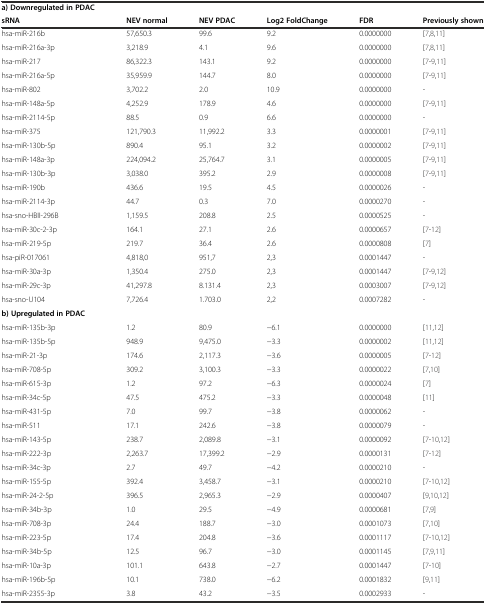
<table><thead><tr><td><b>a) Downregulated in PDAC</b></td><td></td><td></td><td></td><td></td><td></td></tr><tr><td><b>sRNA</b></td><td><b>NEV normal</b></td><td><b>NEV PDAC</b></td><td><b>Log2 FoldChange</b></td><td><b>FDR</b></td><td><b>Previously shown</b></td></tr></thead><tbody><tr><td>hsa-miR-216b</td><td>57,650.3</td><td>99.6</td><td>9.2</td><td>0.0000000</td><td>[7,8,11]</td></tr><tr><td>hsa-miR-216a-3p</td><td>3,218.9</td><td>4.1</td><td>9.6</td><td>0.0000000</td><td>[7,8,11]</td></tr><tr><td>hsa-miR-217</td><td>86,322.3</td><td>143.1</td><td>9.2</td><td>0.0000000</td><td>[7-9,11]</td></tr><tr><td>hsa-miR-216a-5p</td><td>35,959.9</td><td>144.7</td><td>8.0</td><td>0.0000000</td><td>[7-9,11]</td></tr><tr><td>hsa-miR-802</td><td>3,702.2</td><td>2.0</td><td>10.9</td><td>0.0000000</td><td>-</td></tr><tr><td>hsa-miR-148a-5p</td><td>4,252.9</td><td>178.9</td><td>4.6</td><td>0.0000000</td><td>[7-9,11]</td></tr><tr><td>hsa-miR-2114-5p</td><td>88.5</td><td>0.9</td><td>6.6</td><td>0.0000000</td><td>-</td></tr><tr><td>hsa-miR-375</td><td>121,790.3</td><td>11,992.2</td><td>3.3</td><td>0.0000001</td><td>[7-9,11]</td></tr><tr><td>hsa-miR-130b-5p</td><td>890.4</td><td>95.1</td><td>3.2</td><td>0.0000002</td><td>[7-9,11]</td></tr><tr><td>hsa-miR-148a-3p</td><td>224,094.2</td><td>25,764.7</td><td>3.1</td><td>0.0000005</td><td>[7-9,11]</td></tr><tr><td>hsa-miR-130b-3p</td><td>3,038.0</td><td>395.2</td><td>2.9</td><td>0.0000008</td><td>[7-9,11]</td></tr><tr><td>hsa-miR-190b</td><td>436.6</td><td>19.5</td><td>4.5</td><td>0.0000026</td><td>-</td></tr><tr><td>hsa-miR-2114-3p</td><td>44.7</td><td>0.3</td><td>7.0</td><td>0.0000270</td><td>-</td></tr><tr><td>hsa-sno-HBII-296B</td><td>1,159.5</td><td>208.8</td><td>2.5</td><td>0.0000525</td><td>-</td></tr><tr><td>hsa-miR-30c-2-3p</td><td>164.1</td><td>27.1</td><td>2.6</td><td>0.0000657</td><td>[7-12]</td></tr><tr><td>hsa-miR-219-5p</td><td>219.7</td><td>36.4</td><td>2.6</td><td>0.0000808</td><td>[7]</td></tr><tr><td>hsa-piR-017061</td><td>4,818,0</td><td>951,7</td><td>2,3</td><td>0.0001447</td><td>-</td></tr><tr><td>hsa-miR-30a-3p</td><td>1,350.4</td><td>275.0</td><td>2,3</td><td>0.0001447</td><td>[7-9,12]</td></tr><tr><td>hsa-miR-29c-3p</td><td>41,297.8</td><td>8.131.4</td><td>2,3</td><td>0.0003007</td><td>[7-9,12]</td></tr><tr><td>hsa-sno-U104</td><td>7,726.4</td><td>1.703.0</td><td>2,2</td><td>0.0007282</td><td>-</td></tr><tr><td><b>b) Upregulated in PDAC</b></td><td></td><td></td><td></td><td></td><td></td></tr><tr><td>hsa-miR-135b-3p</td><td>1.2</td><td>80.9</td><td>−6.1</td><td>0.0000000</td><td>[11,12]</td></tr><tr><td>hsa-miR-135b-5p</td><td>948.9</td><td>9,475.0</td><td>−3.3</td><td>0.0000002</td><td>[11,12]</td></tr><tr><td>hsa-miR-21-3p</td><td>174.6</td><td>2,117.3</td><td>−3.6</td><td>0.0000005</td><td>[7-12]</td></tr><tr><td>hsa-miR-708-5p</td><td>309.2</td><td>3,100.3</td><td>−3.3</td><td>0.0000022</td><td>[7,10]</td></tr><tr><td>hsa-miR-615-3p</td><td>1.2</td><td>97.2</td><td>−6.3</td><td>0.0000024</td><td>[7]</td></tr><tr><td>hsa-miR-34c-5p</td><td>47.5</td><td>475.2</td><td>−3.3</td><td>0.0000048</td><td>[11]</td></tr><tr><td>hsa-miR-431-5p</td><td>7.0</td><td>99.7</td><td>−3.8</td><td>0.0000062</td><td>-</td></tr><tr><td>hsa-miR-511</td><td>17.1</td><td>242.6</td><td>−3.8</td><td>0.0000079</td><td>-</td></tr><tr><td>hsa-miR-143-5p</td><td>238.7</td><td>2,089.8</td><td>−3.1</td><td>0.0000092</td><td>[7-10,12]</td></tr><tr><td>hsa-miR-222-3p</td><td>2,263.7</td><td>17,399.2</td><td>−2.9</td><td>0.0000131</td><td>[7-12]</td></tr><tr><td>hsa-miR-34c-3p</td><td>2.7</td><td>49.7</td><td>−4.2</td><td>0.0000210</td><td>-</td></tr><tr><td>hsa-miR-155-5p</td><td>392.4</td><td>3,458.7</td><td>−3.1</td><td>0.0000210</td><td>[7-10,12]</td></tr><tr><td>hsa-miR-24-2-5p</td><td>396.5</td><td>2,965.3</td><td>−2.9</td><td>0.0000407</td><td>[9,10,12]</td></tr><tr><td>hsa-miR-34b-3p</td><td>1.0</td><td>29.5</td><td>−4.9</td><td>0.0000681</td><td>[7,9]</td></tr><tr><td>hsa-miR-708-3p</td><td>24.4</td><td>188.7</td><td>−3.0</td><td>0.0001073</td><td>[7,10]</td></tr><tr><td>hsa-miR-223-5p</td><td>17.4</td><td>204.8</td><td>−3.6</td><td>0.0001117</td><td>[7-10,12]</td></tr><tr><td>hsa-miR-34b-5p</td><td>12.5</td><td>96.7</td><td>−3.0</td><td>0.0001145</td><td>[7,9,11]</td></tr><tr><td>hsa-miR-10a-3p</td><td>101.1</td><td>643.8</td><td>−2.7</td><td>0.0001447</td><td>[7-10]</td></tr><tr><td>hsa-miR-196b-5p</td><td>10.1</td><td>738.0</td><td>−6.2</td><td>0.0001832</td><td>[9,11]</td></tr><tr><td>hsa-miR-2355-3p</td><td>3.8</td><td>43.2</td><td>−3.5</td><td>0.0002933</td><td>-</td></tr></tbody></table>